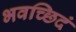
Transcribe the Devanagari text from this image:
भवच्छिदं